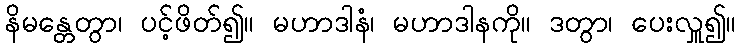
နိမန္တေတွာ၊ ပင့်ဖိတ်၍။ မဟာဒါနံ၊ မဟာဒါနကို။ ဒတွာ၊ ပေးလှူ၍။